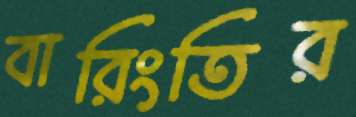
বারিংতির